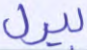
بيرل